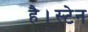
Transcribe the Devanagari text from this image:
है।स्टेन